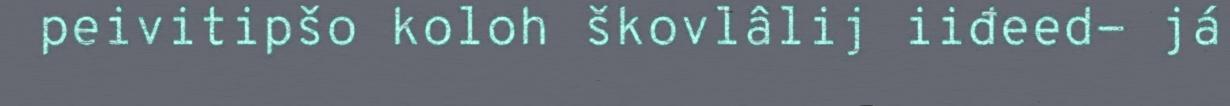
peivitipšo koloh škovlâlij iiđeed- já